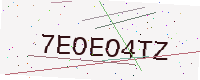
Text: 7EOEO4TZ